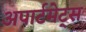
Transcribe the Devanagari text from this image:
अपार्टमेट्स